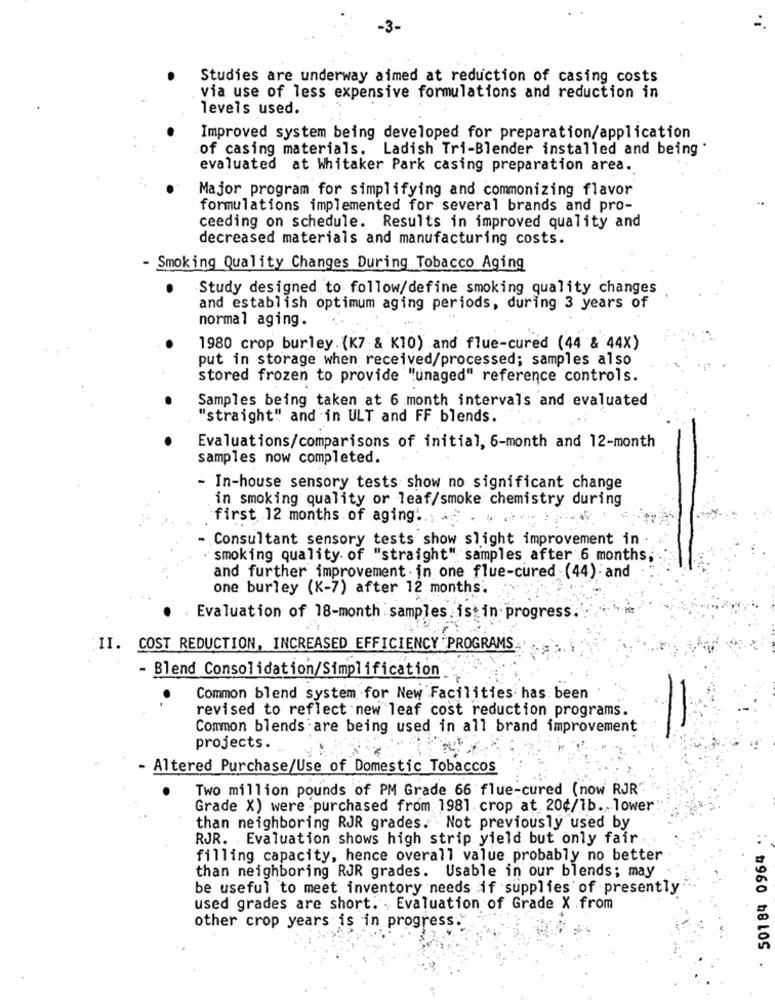
-3-
Studies are underway aimed at reduction of casing costs
via use of less expensive formulations and reduction in
levels used.
Improved system being developed for preparation/application
of casing materials. Ladish Tri-Blender installed and being
evaluated at Whitaker Park casing preparation area.
Major program for simplifying and commonizing flavor
formulations implemented for several brands and pro-
ceeding on schedule. Results in improved quality and
decreased materials and manufacturing costs.
- Smoking Quality Changes During Tobacco Aging
Study designed to follow/define smoking quality changes
and establish optimum aging periods, during 3 years of
normal aging.
1980 crop burley. (K7 & K10) and flue-cured (44 & 44X)
put in storage when received/processed; samples also
stored frozen to provide "unaged" reference controls.
Samples being taken at 6 month intervals and evaluated
"straight" and in ULT and FF blends.
Evaluations/comparisons of initial, 6-month and 12-month
samples now completed.
- In-house sensory tests show no significant change
in smoking quality or leaf/smoke chemistry during
first 12 months of aging ... .
Consultant sensory tests show slight improvement in .
smoking quality of "straight" samples after 6 months,
and further improvement in one flue-cured (44) and
one burley (K-7) after 12 months.
Evaluation of 18-month samples ist in progress
II. COST REDUCTION, INCREASED EFFICIENCY PROGRAMS
- Blend Consolidation/Simplification
Common blend system for New Facilities has been
revised to reflect new leaf cost reduction programs.
=
Common blends are being used in all brand improvement
projects.
Altered Purchase/Use of Domestic Tobaccos
Two million pounds of PM Grade 66 flue-cured (now RJR"
Grade X) were purchased from 1981. crop at 20¢/1b. lower
than neighboring RJR grades. Not previously used by
RJR. Evaluation shows high strip yield but only fair .
filling capacity, hence overall value probably no better
than neighboring RJR grades. Usable in our blends; may
be useful to meet inventory needs if supplies of presently
used grades are short. Evaluation of Grade X .from
other crop years is in progress.
. #960 58LOS .